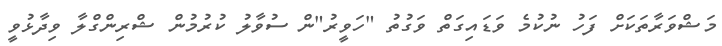
މަޝްވަރާތަކަށް ފަހު ނުކުމެ ވަޑައިގަތް ވަގުތު "ހަވީރު"ން ސުވާލު ކުރުމުން ޝްރިންގްލާ ވިދާޅުވީ